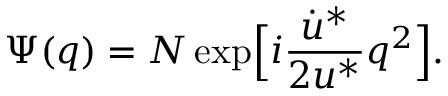
\Psi ( q ) = N \exp \Bigl [ i \frac { \dot { u } ^ { * } } { 2 u ^ { * } } q ^ { 2 } \Bigr ] .